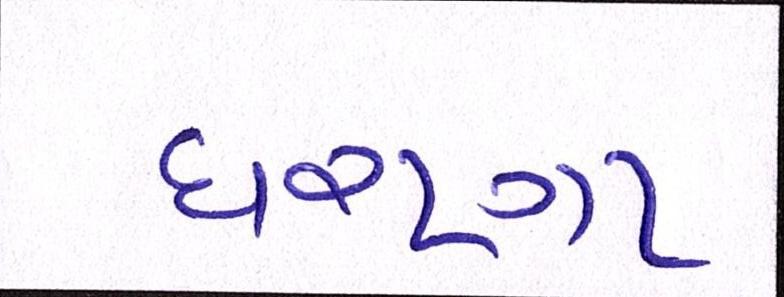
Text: ધરણા